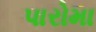
પારોમા